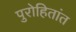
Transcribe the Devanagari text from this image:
पुरोहितांत